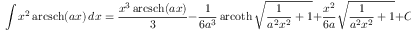
\int x ^ { 2 } \operatorname { a r c s c h } ( a x ) \, d x = { \frac { x ^ { 3 } \operatorname { a r c s c h } ( a x ) } { 3 } } - { \frac { 1 } { 6 a ^ { 3 } } } \operatorname { a r c o t h } { \sqrt { { \frac { 1 } { a ^ { 2 } x ^ { 2 } } } + 1 } } + { \frac { x ^ { 2 } } { 6 a } } { \sqrt { { \frac { 1 } { a ^ { 2 } x ^ { 2 } } } + 1 } } + C